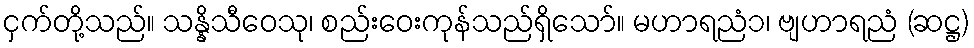
ငှက်တို့သည်။ သန္နိသီဝေသု၊ စည်းဝေးကုန်သည်ရှိသော်။ မဟာရညံ၁၊ ဗျဟာရညံ (ဆဋ္ဌ)